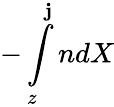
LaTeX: -\int\limits_{z}^{\mathbf{j}}ndX